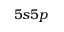
5 s 5 p